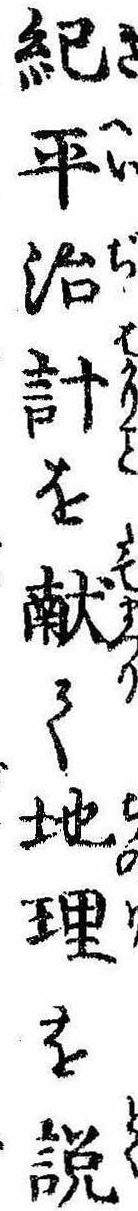
紀平治計を献て地理を説